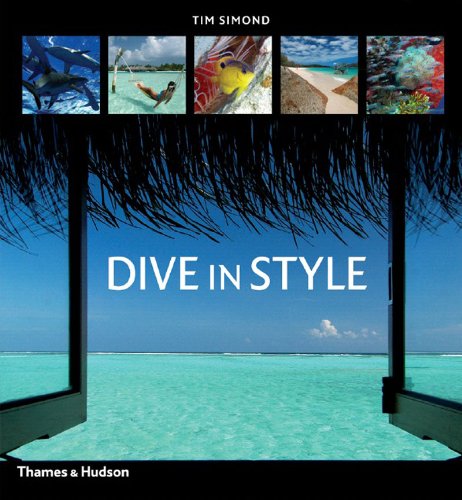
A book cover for Dive in Style; Tim Simond; Travel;